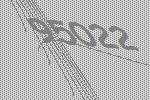
95022